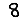
Digit: 8